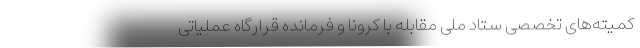
کمیته‌های تخصصی ستاد ملی مقابله با کرونا و فرمانده قرارگاه عملیاتی